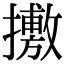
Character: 㩤